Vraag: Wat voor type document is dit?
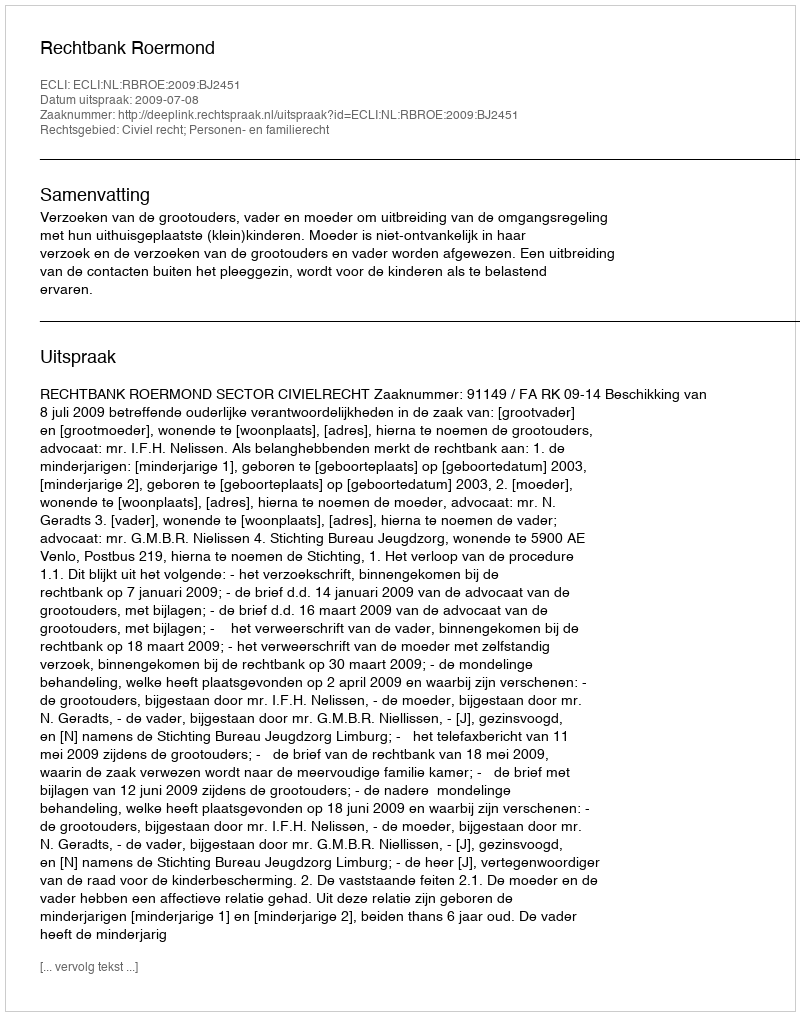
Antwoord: Uitspraak